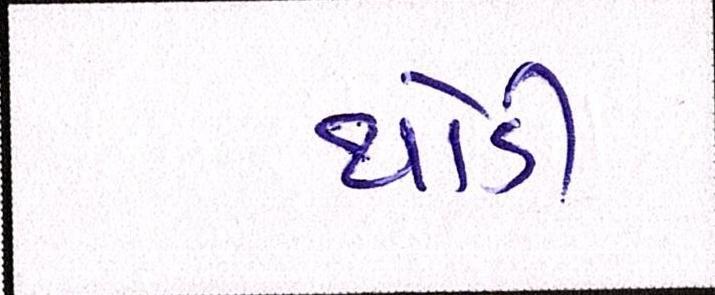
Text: થોડી